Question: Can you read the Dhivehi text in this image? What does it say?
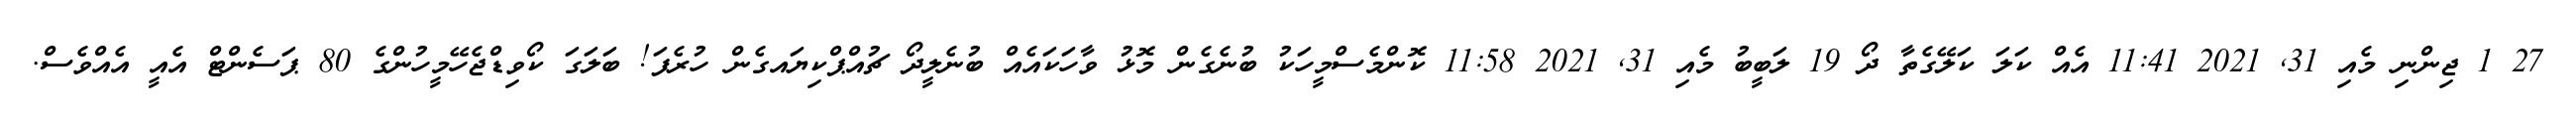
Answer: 27 1 ޖިންނި މެއި 31, 2021 11:41 އެއް ކަލަ ކަލޭގެތާ ދޯ 19 ލަބީބު މެއި 31, 2021 11:58 ކޮންމެސްމީހަކު ބުނެގެން މޮޅު ވާހަކައެއް ބުނެލީދޯ ޗުއްޕްކިޔައގެން ހުރެފަ! ބަލަގަ ކޯވިޑްޖެހޭމީހުންގެ 80 ޕަސެންޓް އެއީ އެއްވެސް.